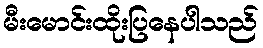
မီးမောင်းထိုးပြနေပါသည်